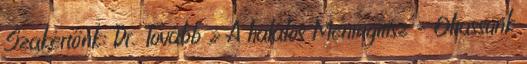
Szakértőnk: Dr. Tovább » A halálos Meningitisz – Oltassunk